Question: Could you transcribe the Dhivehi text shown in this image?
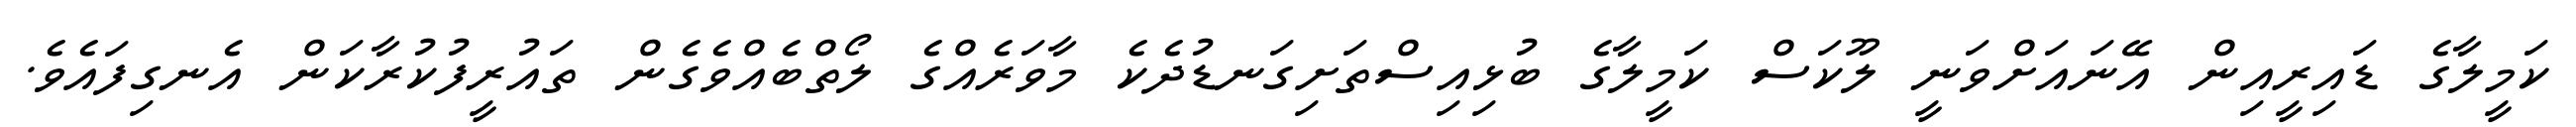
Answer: ކަމީލާގެ ޑައިރީއިން އޭނައަށްވަނީ ލޫކަސް ކަމީލާގެ ބުޅިއިސްތަށިގަނޑުދެކެ މާވަރެއްގެ ލޯތްބެއްވެގެން ތައުރީފުކުރާކަން އެނގިފައެވެ.